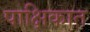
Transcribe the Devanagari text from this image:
पाक्षिकात